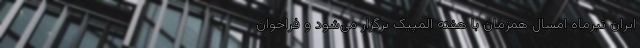
ایران تیرماه امسال همزمان با هفته المپیک برگزار می‌شود و فراخوان